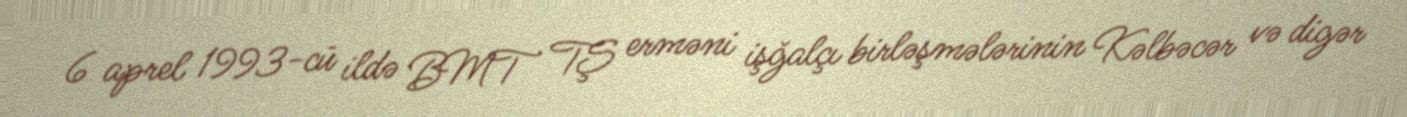
6 aprel 1993-cü ildə BMT TŞ erməni işğalçı birləşmələrinin Kəlbəcər və digər